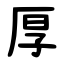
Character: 厚